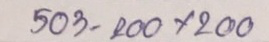
503 - 200 x 200